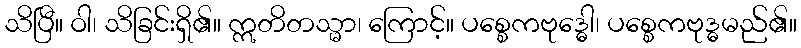
သိပြီ။ ဝါ၊ သိခြင်းရှိ၏။ ဣတိတသ္မာ၊ ကြောင့်။ ပစ္စေကဗုဒ္ဓေါ၊ ပစ္စေကဗုဒ္ဓမည်၏။